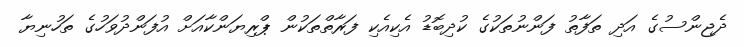
ދެޖިންސުގެ އަދި ތަފާތު ފަންނުތަކުގެ ކުދިބޮޑު އެކިއެކި ފަރާތްތަކުން ޕްރިޔަންކާއަށް އުފަންދުވަހުގެ ތަހުނިޔާ